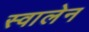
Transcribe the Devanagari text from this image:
स्वालेन